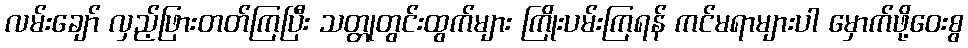
လမ်းချော် လှည့်ဖြားတတ်ကြပြီး သတ္တုတွင်းထွက်များ ကြိုးပမ်းကြရန် ကင်မရာများပါ မှောက်ဖို့ဝေးစွ